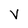
Character: v